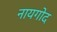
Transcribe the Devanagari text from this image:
नायगोद